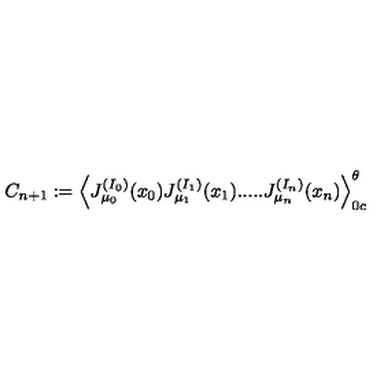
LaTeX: C _ { n + 1 } : = \Big \langle J _ { \mu _ { 0 } } ^ { ( I _ { 0 } ) } ( x _ { 0 } ) J _ { \mu _ { 1 } } ^ { ( I _ { 1 } ) } ( x _ { 1 } ) . . . . . J _ { \mu _ { n } } ^ { ( I _ { n } ) } ( x _ { n } ) \Big \rangle _ { 0 c } ^ { \theta }